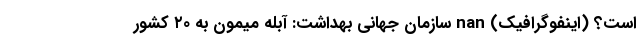
است؟ (اینفوگرافیک) nan سازمان جهانی بهداشت: آبله میمون به ۲۰ کشور